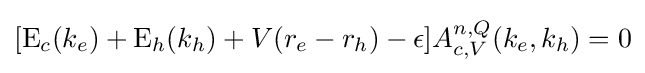
[\mathrm {E} _{c}(k_{e})+\mathrm {E} _{h}(k_{h})+V(r_{e}-r_{h})-\epsilon ]A_{c,V}^{n,Q}(k_{e},k_{h})=0